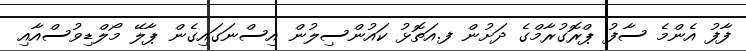
ފާފު އެންމެ ސާފު ޕްރޮގުރާމްގެ ދަށުން ފ.އަތޮޅު ކައުންސިލުން އިސްނަގައިގެން ޕާލޭ މޯލްޑިވުސްއާއި